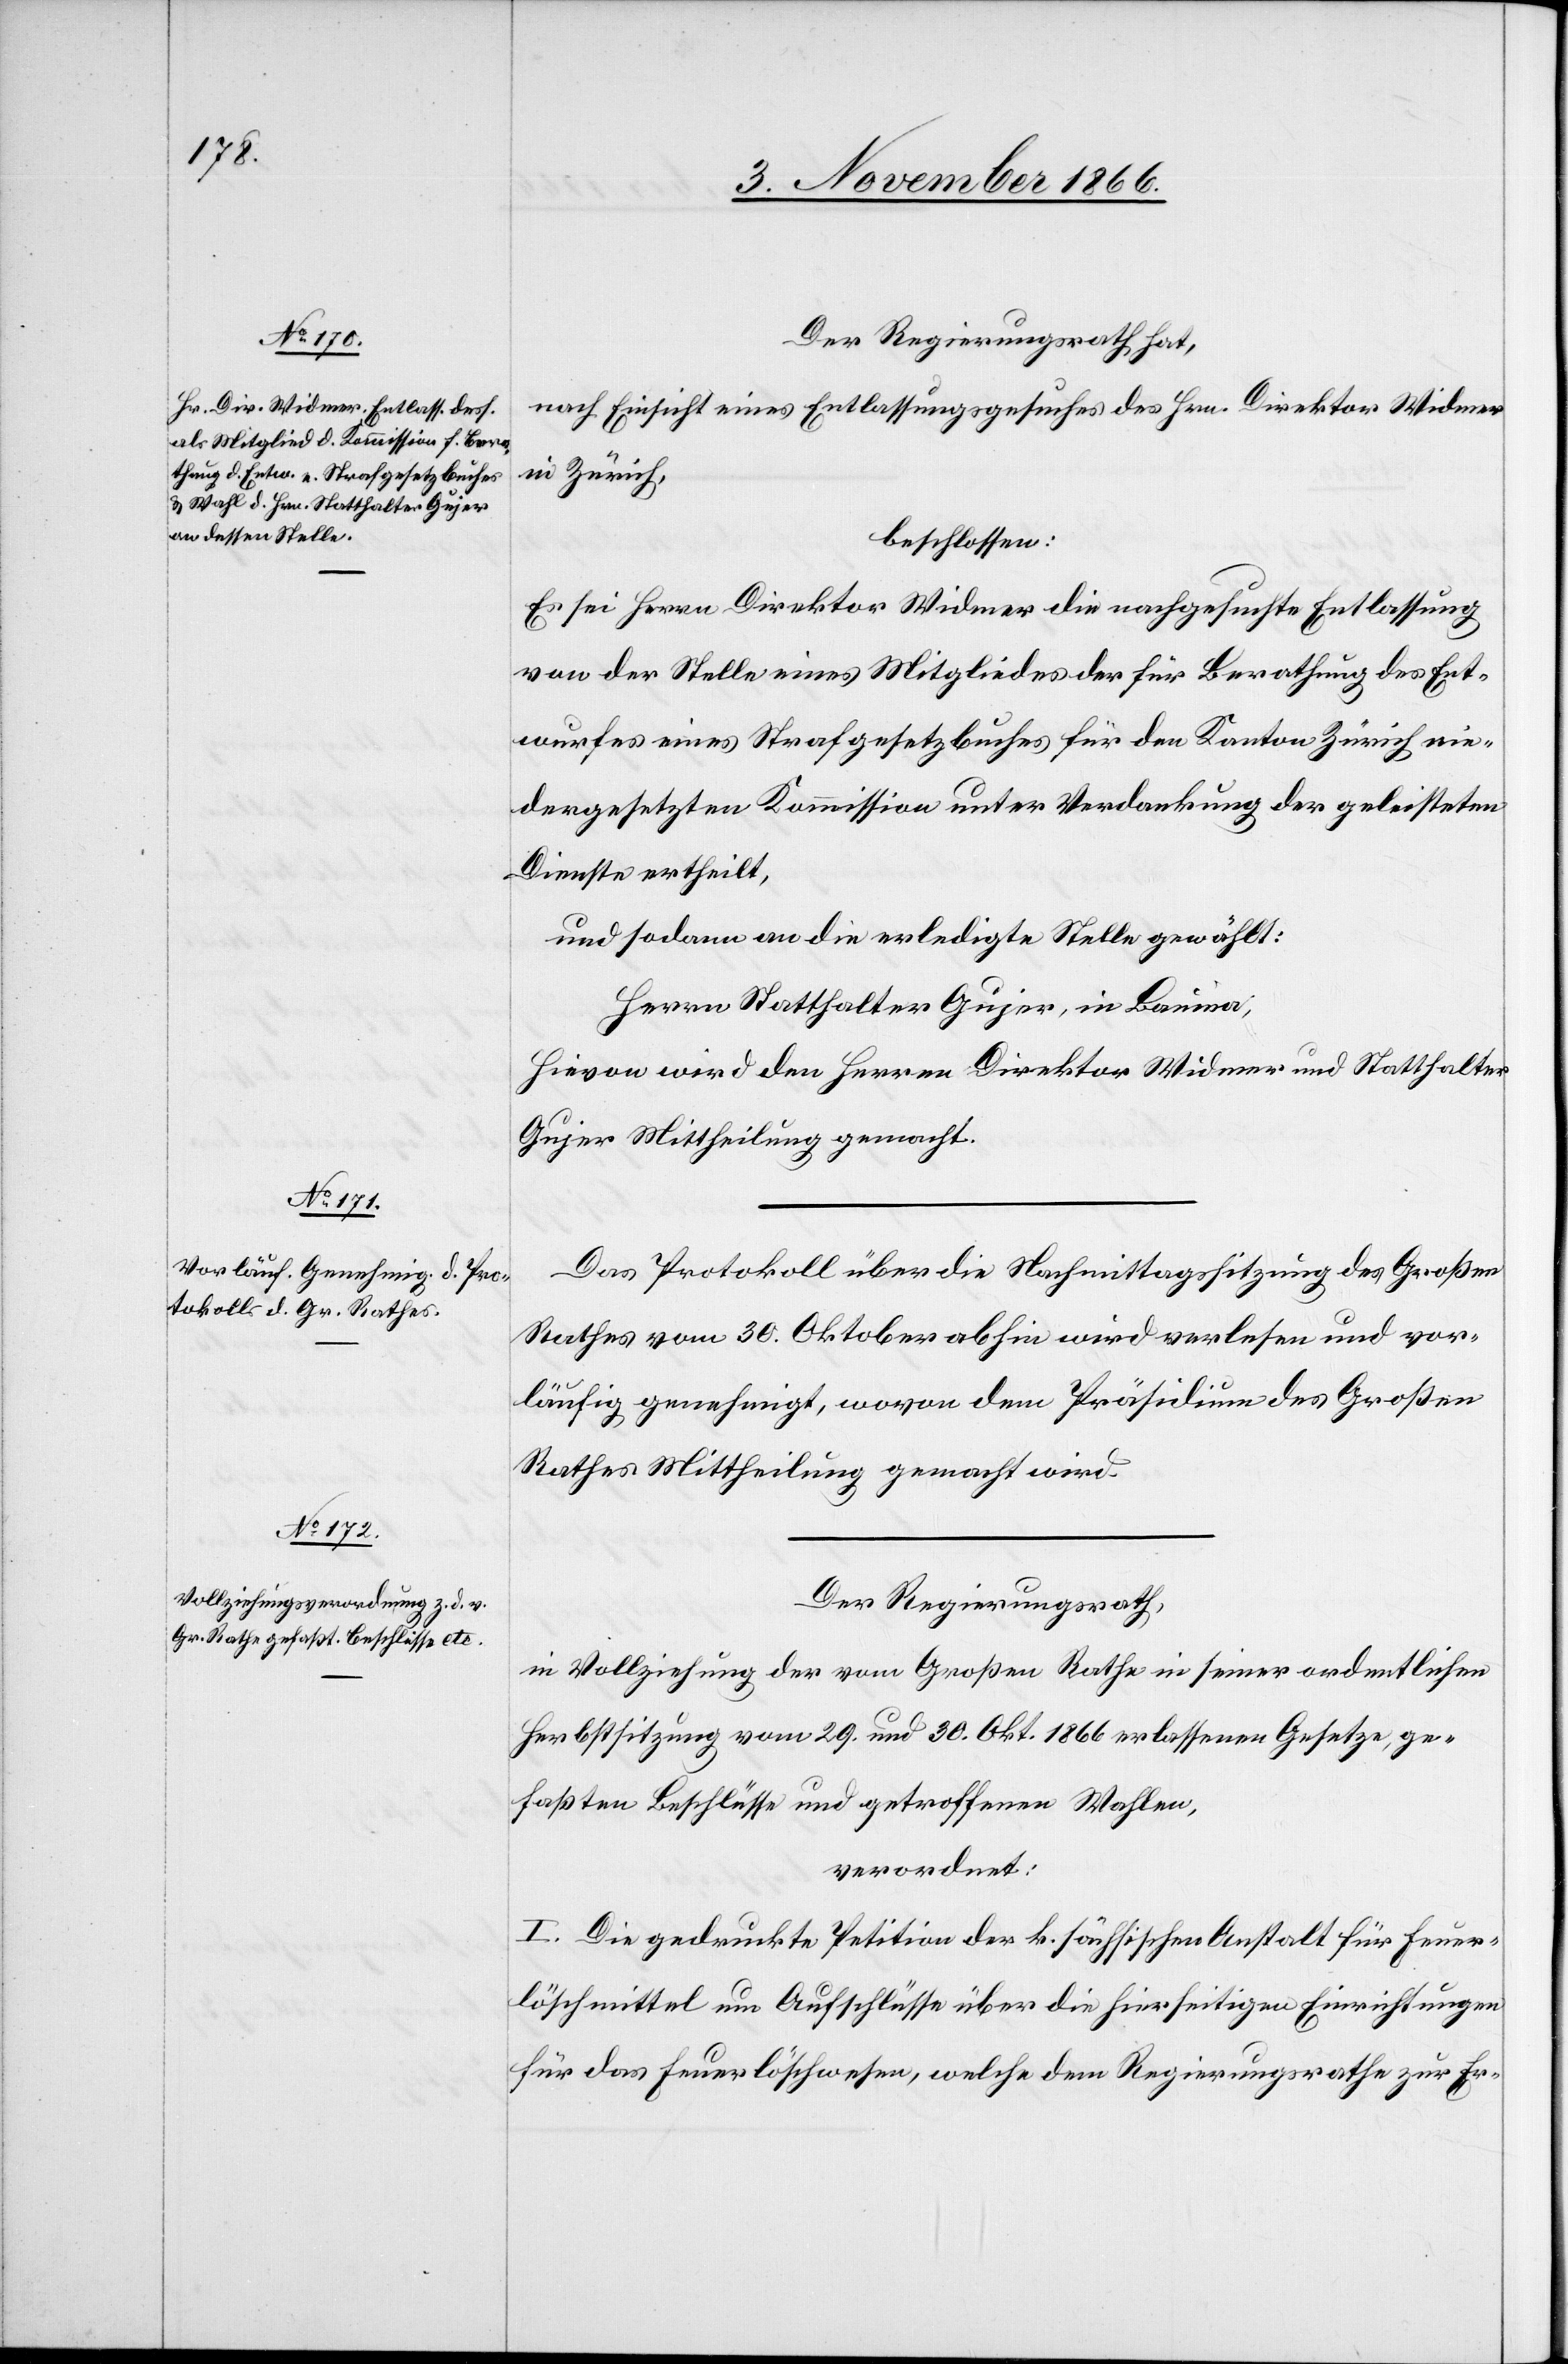
Der Regierungsrath hat,
nach Einsicht eines Entlassungsgesuches des Hrn. Direktor Widmer
in Zürich,
beschlossen:
Es sei Herrn Direktor Widmer die nachgesuchte Entlassung
von der Stelle eines Mitgliedes der für Berathung des Ent¬
wurfes eines Strafgesetzbuches für den Kanton Zürich nie¬
dergesetzten Kommission unter Verdankung der geleisteten
Dienste ertheilt,
und sodann an die erledigte Stelle gewählt:
Herrn Statthalter Gujer, in Bauma,
hievon wird den Herren Direktor Widmer und Statthalter
Gujer Mittheilung gemacht.
Das Protokoll über die Nachmittagssitzung des Großen
Rathes vom 30. Oktober abhin wird verlesen und vor¬
läufig genehmigt, wovon dem Präsidium des Großen
Rathes Mittheilung gemacht wird.
Der Regierungsrath,
in Vollziehung der vom Großen Rathe in seiner ordentlichen
Herbstsitzung vom 29. und 30. Okt. 1866 erlassenen Gesetze, ge¬
faßten Beschlüsse und getroffenen Wahlen,
verordnet:
I. Die gedruckte Petition der k. sächsischen Anstalt für Feuer¬
löschmittel um Aufschlüsse über die hierseitigen Einrichtungen
für das Feuerlöschwesen, welche dem Regierungsrathe zur Er-